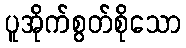
ပူအိုက်စွတ်စိုသော